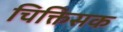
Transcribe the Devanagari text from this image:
चिक्तिसक